Supplement to the account of plague administration in the Bombay Presidency from September 1896 till May 1897
Year: 1896
Disease focus: Plague
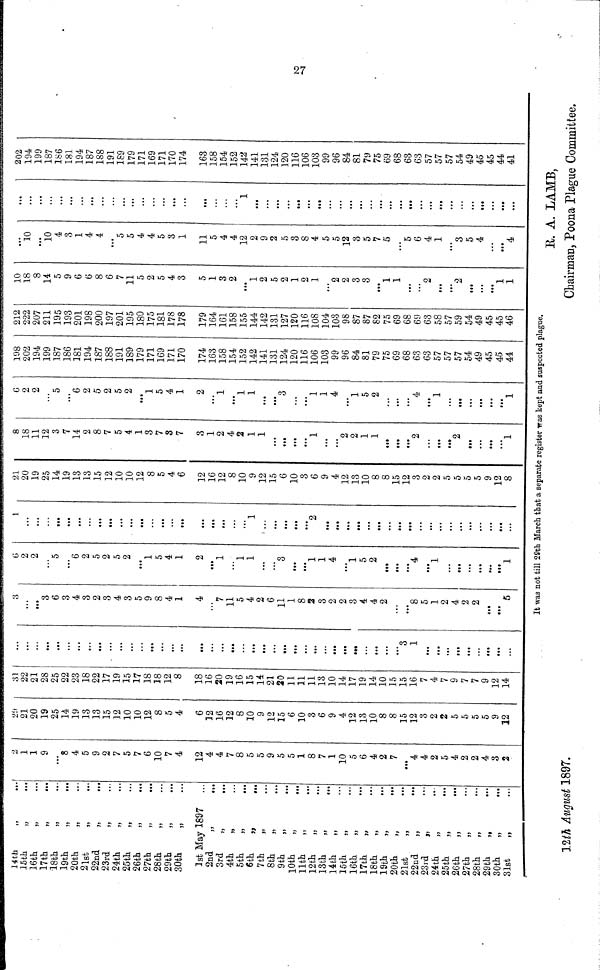
27
14th
„ ...
15th „ ...
16th „ ...
17th
„
...
18th „ ...
l9th
„
...
20th „ ...
21st „ ...
22nd „ ...
23rd „ ...
24th „ ...
25th „ ...
26th „ ...
27th
„
...
28th
„
...
29th „ ...
30th „ ...
1st May 1897 ...
2nd
„
...
3rd „ ...
4th
„
...
5th „ ...
6th „ ...
7th „ ...
8th „ ...
9th
„
...
10th
„
11th „ ...
12th „ ...
13th „ ...
14th „ ...
15th „ ...
16th „ ...
17th „ ...
18th „ ...
19th „ ...
20th „ ...
21st „ ...
22nd „ ...
23rd „ ...
24th „ ...
25th „ ...
26th „ ...
27th „ ...
28th „ ...
29th „ ...
30th
„
...
31st „ ...
2
1
1
9
...
8
4
5
9
2
7
5
7
6
10
7
4
12
4
4
7
8
5
5
9
5
5
1
8
7
1
10
5
6
4
2
7
...
4
4
2
5
4
2
2
4
3
2
29
21
20
19
25
14
19
13
13
15
12
10
10
12
8
5
4
6
12
16
12
8
10
9
12
15
6
10
3
6
9
4
12
13
10
8
8
15
12
3
2
2
5
5
5
5
9
12
31
22
21
28
25
22
23
18
22
17
19
15
17
18
18
12
8
18
16
20
19
16
15
14
21
20
11
11
11
13
10
14
17
19
14
10
15
15
16
7
4
7
9
7
7
9
12
14
...
...
...
...
...
...
...
...
...
...
...
...
...
...
...
...
...
...
...
...
...
...
...
...
...
...
...
...
...
...
...•
...
...
...
...
....
...
3
1
...
...
...
...
...
...
...
...
...
3
...
...
3
6
3
4
3
2
3
4
3
5
9
8
4
1
4
...
7
11 5
4
2
6
11
1
8
2
3
2
2
3
4
4
2
...
...
8
5
1
2
4
2
2
...
...
5
6
2
2
...
5
...
6
2
5
2
5
2
...
1
5
4
1
2
...
1
...
1
1
...
...
3
...
...
1
1
4
...
1
5
2
...
...
...
4
...
1
...
...
...
...
...
...
1
1
...
...
...
...
...
...
...
...
...
...
...
...
...
...
...
...
...
...
...•
...
...
1
...
...
...
...
...
2
...
...
...
...
...
...
...
...
...
...
...
...
...
...
...
...
...
...
...
21
20
19
25
14
19
13
13
15
12
10
10
12
8
5
4
6
12
16
12
8
10
9
12
15
6
10
3
6
9
4
12
13
10
8
8
15
12
3
2
2
5
5
5
5
9
12
8
8
18
11
12
3
7
14
2
8
7
5
4
1
3
7
3
7
3
1
2
4
2
1
1
...
...
...
...
1
...
...
2
2
1
1
...
...
...
2
...
...
...
2
...
...
...
...
1
6
2
2
...
5
6
2
2
5
2
5
2
... 1
5
4
1
2
...
1
...
1
1
...
...
3
...
...
1
1
4
...
1
5
2
...
...
...
4
...
1
...
...
...
...
...
...
1
198
202
194
199
187
186
181
194
187
188
191
189
179
171
169
171
170
174
163
158
154
152
142
141
131
124
120
116
106
103
99
96
84
81
79
75
69
68
63
63
57
57
57 54
49
45
45
44
212
222
207
211 195
193
201
198
200
197
201
195
180
175
181
178
178
179
164
161
158
155
144
142
131
127
120
116
108
104
103
98
87
87
82
75
69
68
69
63
58
57
59
54
43
45
45
46
10
18
8
14
5
9
6
6
8
6
7
11
5
2
5
4
3
5
1
3
2
...
1
2 5
2
1
2
1
...
2
2
3
3
...
1
1
...
...
2
...
...
2
...
...
...
1
1
...
10
...
10
4
3
1
4
4
...
5
5
4
4
5
3
1
11
5
4
4
12
2
9
2
5
3
3
4
5
5
12
3
5
7
5
...
5
6
4
1
...
3
5
4
...
...
4
...
...
...
...
...
...
...
...
...
...
...
...
...
...
...
...
...
...
...
...
...
1
...
...
...
...
...
...
...
...
...
...
...
...
...
...
...
...
...
...
...
...
...
...
...
...
...
...
202
194
199
187
186
181 194
187
188 191
189
179
171
169
171
170
174
163
153
154
152
141
131
124
120
116
106
108
99
96
84
81
79 75 69
68
68
68
68
57
57
57
54
49
45
45
44
41
It was not till 29th March that a separate register was kept and suspected plague.
R. A. LAMB,
12th August 1897.
Chairman, Poona Plague Committee.